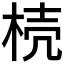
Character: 𣒆